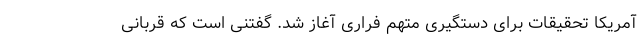
آمریکا تحقیقات برای دستگیری متهم فراری آغاز شد. گفتنی است که قربانی